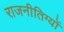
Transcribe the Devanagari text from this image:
राजनीतिग्यों